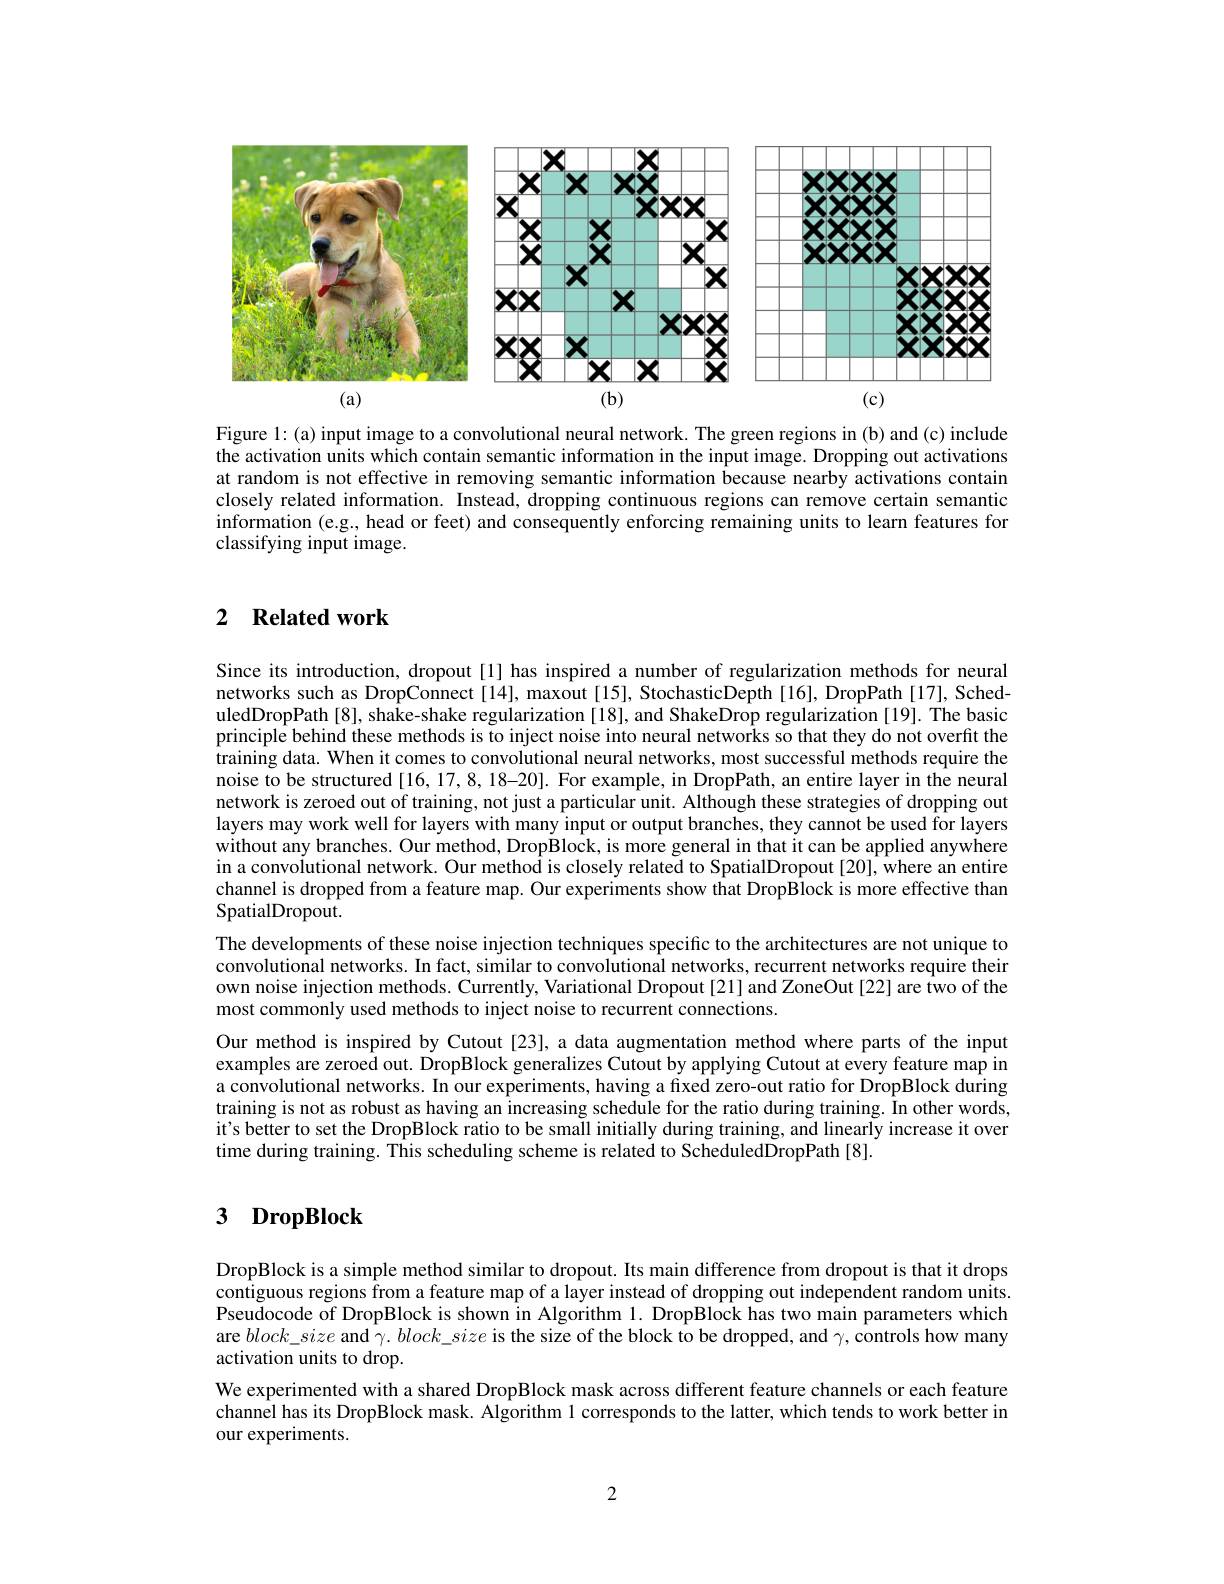
<FigureHere>

Figure 1: (a) input image to a convolutional neural network. The green regions in (b) and (c) include the activation units which contain semantic information in the input image. Dropping out activations at random is not effective in removing semantic information because nearby activations contain closely related information. Instead, dropping continuous regions can remove certain semantic information (e.g., head or feet) and consequently enforcing remaining units to learn features for classifying input image.

## 2 $\textbf{Related work}$

Since its introduction, dropout [1] has inspired a number of regularization methods for neural networks such as DropConnect [14], maxout [15], StochasticDepth [16], DropPath [17], ScheduledDropPath[8], shake-shake regularization[18], and ShakeDrop regularization[19]. The basic principle behind these methods is to inject noise into neural networks so that they do not overfit the training data. When it comes to convolutional neural networks, most successful methods require the noise to be structured [16, 17, 8, 18-20]. For example, in DropPath, an entire layer in the neural network is zeroed out of training, not just a particular unit. Although these strategies of dropping out layers may work well for layers with many input or output branches, they cannot be used for layers without any branches. Our method, DropBlock, is more general in that it can be applied anywhere in a convolutional network. Our method is closely related to SpatialDropout [20], where an entire channel is dropped from a feature map. Our experiments show that DropBlock is more effective than SpatialDropout.
The developments of these noise injection techniques specific to the architectures are not unique to convolutional networks. In fact, similar to convolutional networks, recurrent networks require their own noise injection methods. Currently, Variational Dropout[21] and ZoneOut[22] are two of the most commonly used methods to inject noise to recurrent connections.
Our method is inspired by Cutout[23], a data augmentation method where parts of the input examples are zeroed out. DropBlock generalizes Cutout by applying Cutout at every feature map in a convolutional networks. In our experiments, having a fixed zero-out ratio for DropBlock during training is not as robust as having an increasing schedule for the ratio during training. In other words, it's better to set the DropBlock ratio to be small initially during training, and linearly increase it over time during training. This scheduling scheme is related to ScheduledDropPath [8].

# 3 DropBlock

DropBlock is a simple method similar to dropout. Its main difference from dropout is that it drops contiguous regions from a feature map of a layer instead of dropping out independent random units. Pseudocode of DropBlock is shown in Algorithm 1. DropBlock has two main parameters which are $block\_size$ and $\gamma . \textit{block\_ size is the size of the block to be dropped, and }\gamma $, controls how many activation units to drop.
We experimented with a shared DropBlock mask across different feature channels or each feature channel has its DropBlock mask. Algorithm 1 corresponds to the latter, which tends to work better in our experiments.

2